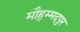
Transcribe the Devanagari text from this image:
मौह्म्मदपुर